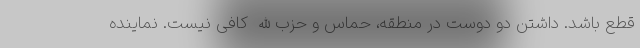
قطع باشد. داشتن دو دوست در منطقه، حماس و حزب‌الله کافی نیست. نماینده